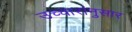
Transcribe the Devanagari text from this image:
उच्चारांनुसार